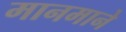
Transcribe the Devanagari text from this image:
मानमाने